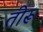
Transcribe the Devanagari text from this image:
तीरू